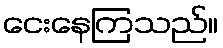
ငေးနေကြသည်။